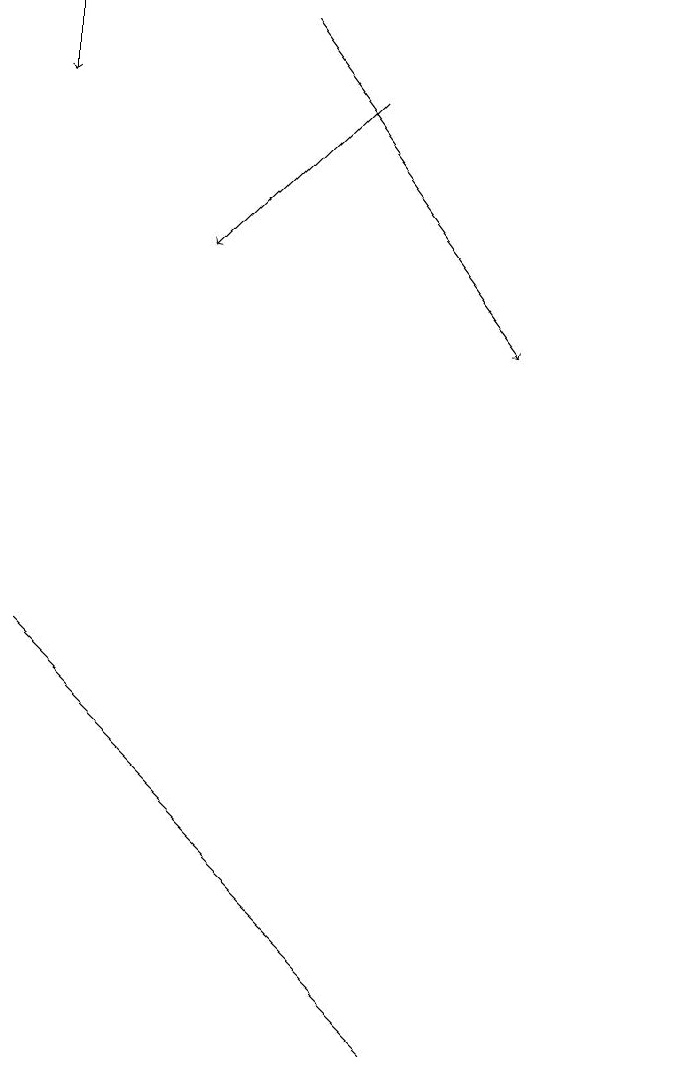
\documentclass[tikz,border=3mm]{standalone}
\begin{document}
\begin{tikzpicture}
\draw (6,4) -- (2,8) -- (7,3) -- cycle;
\draw[->] (2,16) -- (2,15);
\draw[->] (5,16) -- (8,12);
\draw (10,11) circle (0);
\draw[->] (6,15) -- (4,13);
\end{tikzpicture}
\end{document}